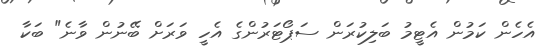
އެހެން ކަމުން އެޓީމު ބަލިކުރަން ސަޕޯޓަރުންގެ އެހީ ވަރަށް ބޭނުން ވާނެ" ބަކާ